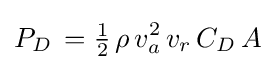
P_{D}\,={\tfrac {1}{2}}\,\rho \,v_{a}^{2}\,v_{r}\,C_{D}\,A